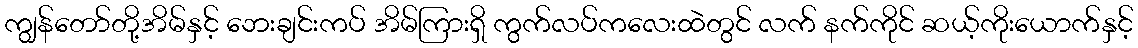
ကျွန်တော်တို့အိမ်နှင့် ဘေးချင်းကပ် အိမ်ကြားရှိ ကွက်လပ်ကလေးထဲတွင် လက် နက်ကိုင် ဆယ့်ကိုးယောက်နှင့်